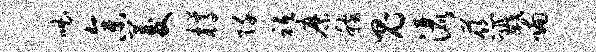
咄参菱樽阡祗縻稼鬼洒慈戮喃